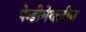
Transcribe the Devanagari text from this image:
पेन्‍डीमेथलीन